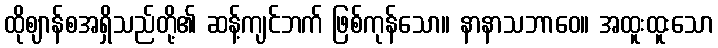
ထိုဈာန်စအရှိသည်တို့၏ ဆန့်ကျင်ဘက် ဖြစ်ကုန်သော။ နာနာသဘာဝေ။ အထူးထူးသော